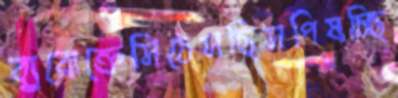
ব্যুরোক্রেসিঠেসছিসপিষচ্ছি